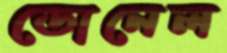
ডোনেল